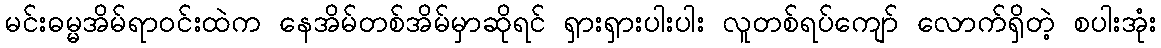
မင်းဓမ္မအိမ်ရာဝင်းထဲက နေအိမ်တစ်အိမ်မှာဆိုရင် ရှားရှားပါးပါး လူတစ်ရပ်ကျော် လောက်ရှိတဲ့ စပါးအုံး